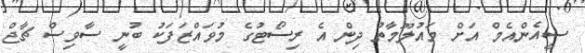
ސީއެންއެމް އަށް މައުލޫމާތު ދިން އެ ރިސޯޓުގެ މުވައްޒަފަކު ބުނީ ސާވިސް ޗާޖް